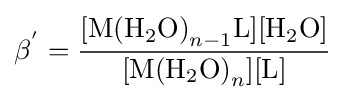
\beta ^{'}={\frac {[\mathrm {M(H_{2}O)} _{n-1}\mathrm {L} ][\mathrm {H_{2}O} ]}{[\mathrm {M(H_{2}O)} _{n}][\mathrm {L} ]}}